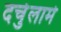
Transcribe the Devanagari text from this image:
दर्चुलामे